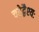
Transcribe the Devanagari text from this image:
चरेद्वैश्यः